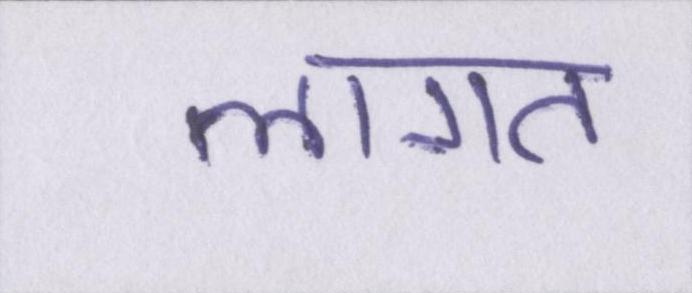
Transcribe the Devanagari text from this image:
लागत